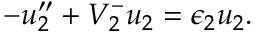
- u _ { 2 } ^ { \prime \prime } + V _ { 2 } ^ { - } u _ { 2 } = \epsilon _ { 2 } u _ { 2 } .